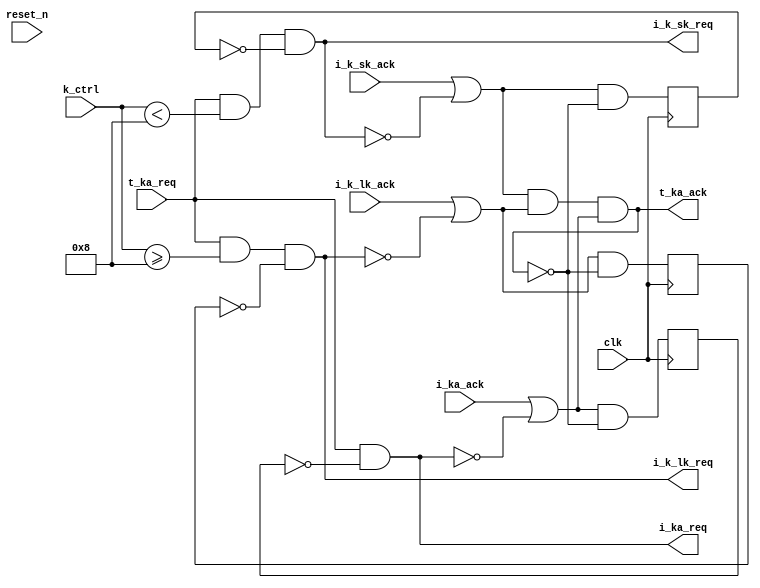

module ka_decode_ctrl_1_3 (
    input 	t_ka_req,
    output wire t_ka_ack,
    output wire	  i_k_sk_req,
    input         i_k_sk_ack,					     
    output wire   i_k_lk_req,
    input         i_k_lk_ack,					     
    output wire   i_ka_req,
    input wire    i_ka_ack,
    input wire [3:0] k_ctrl,					     
    input 	clk, reset_n
);

   reg 		q_k_sk_ack;
   reg 		q_k_lk_ack;
   reg 		q_ka_ack;

   assign t_ka_ack=(i_k_sk_ack | ~i_k_sk_req) & (i_k_lk_ack | ~i_k_lk_req) & (i_ka_ack | ~i_ka_req);

   assign i_k_sk_req= t_ka_req & (k_ctrl<8) & ~q_k_sk_ack;
   assign i_k_lk_req= t_ka_req & (k_ctrl>=8) & ~q_k_lk_ack;
   assign i_ka_req=    t_ka_req & ~q_ka_ack;

   always @(posedge clk)
     q_k_sk_ack<=(i_k_sk_ack | ~i_k_sk_req) & ~t_ka_ack;
   always @(posedge clk)
     q_k_lk_ack<=(i_k_lk_ack | ~i_k_lk_req) & ~t_ka_ack;
   always @(posedge clk)
     q_ka_ack<=(i_ka_ack | ~i_ka_req) & ~t_ka_ack;

endmodule